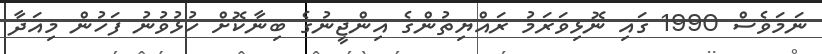
ނަމަވެސް 1990 ގައި ނޮޅިވަރަމު ރައްޔިތުންގެ އިންޖީނުގެ ބިނާކޮށް ހުޅުވުނު ފަހުން މިއަދާ